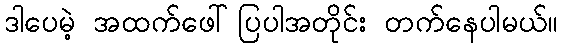
ဒါပေမဲ့ အထက်ဖေါ်ပြပါအတိုင်း တက်နေပါမယ်။